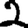
Digit: 2